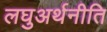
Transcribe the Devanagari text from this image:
लघुअर्थनीति